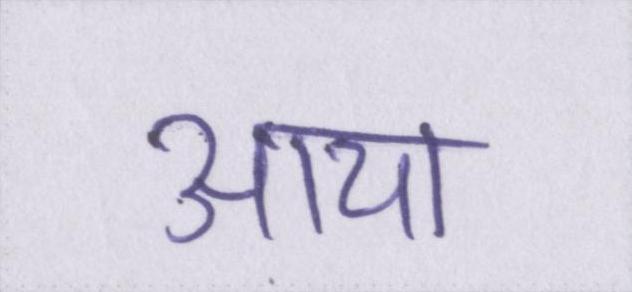
आया